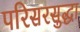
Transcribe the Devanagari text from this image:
परिसरसुद्धा